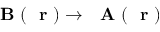
\mathrm { ~ \bf ~ B ~ } ( \mathrm { ~ \bf ~ r ~ } ) \to \mathrm { ~ \bf ~ A ~ } ( \mathrm { ~ \bf ~ r ~ } )